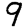
Digit: 9